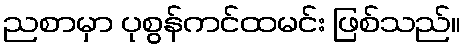
ညစာမှာ ပုစွန်ကင်ထမင်း ဖြစ်သည်။